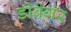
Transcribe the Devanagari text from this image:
डोवेगर